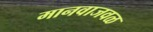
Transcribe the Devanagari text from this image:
मानवाजवळ